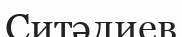
Ситәлиев